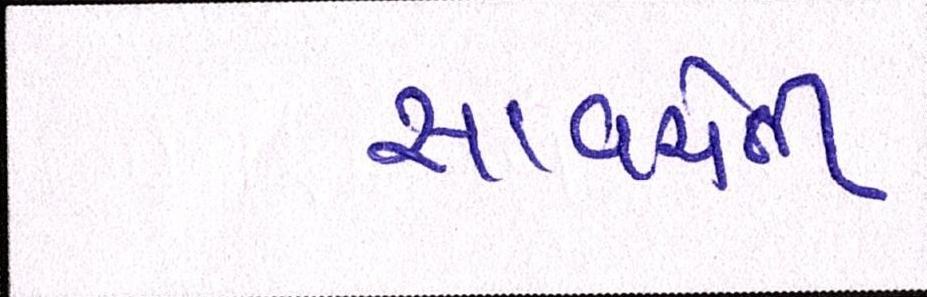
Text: સાવચેતી